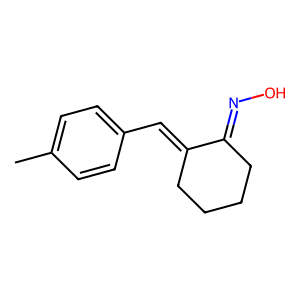
SMILES: Cc1ccc(C=C2CCCCC2=NO)cc1
Inhibits HIV replication: No